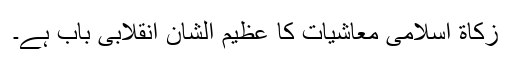
زکاة اسلامی معاشیات کا عظیم الشان انقلابی باب ہے۔